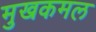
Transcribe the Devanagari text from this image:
मुखकमल